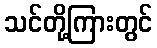
သင်တို့ကြားတွင်